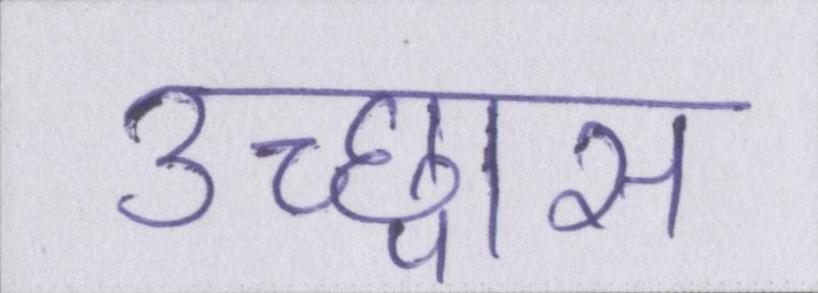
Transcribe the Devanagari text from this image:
उच्छ्वास